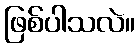
ဖြစ်ပါသလဲ။